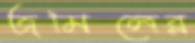
জমিলের